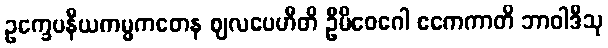
ဥက္ခေပနီယကမ္မကတေန ဈလပေဟီတိ ဦမိဝေဂေါ ဧကေကာတိ ဘာဝါဒီသု